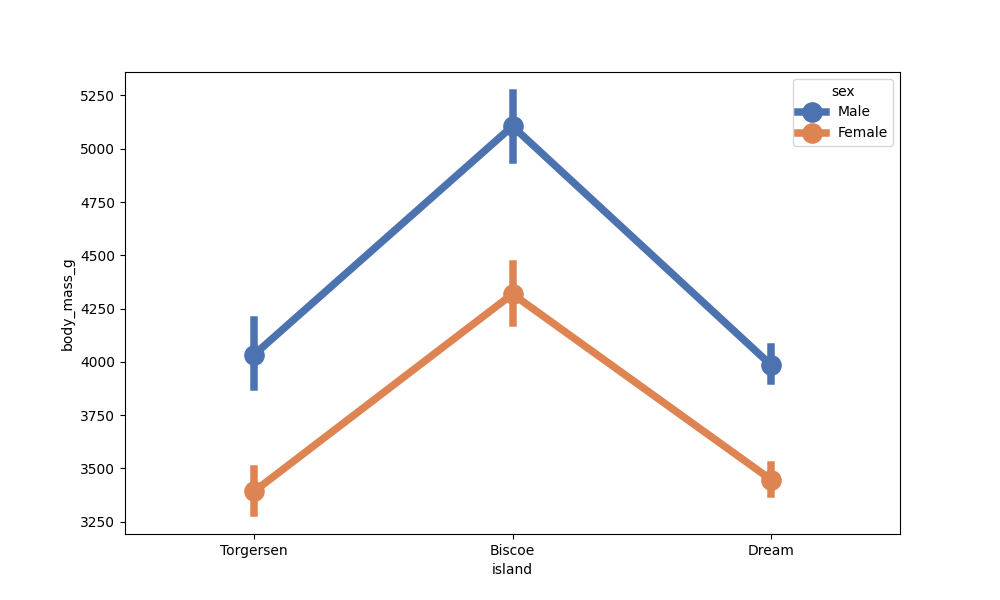
python, seaborn, pointplot, scale=2.0, join=True, hue='sex', palette='deep'